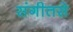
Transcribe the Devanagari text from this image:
संगीतसे